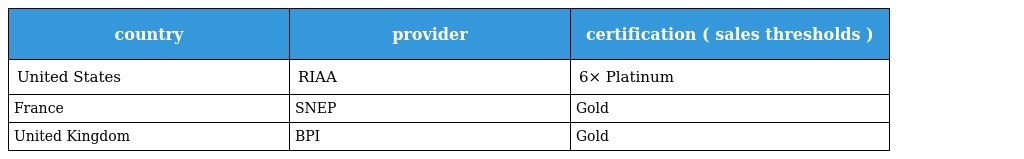
| country | provider | certification ( sales thresholds ) |
 | --- | --- | --- |
 | United States | RIAA | 6× Platinum |
 | France | SNEP | Gold |
 | United Kingdom | BPI | Gold |